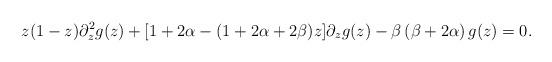
LaTeX: \begin{align*} z(1-z)\partial_{z}^2 g(z) + [1+2\alpha -(1+2\alpha+2\beta)z] \partial_{z}g(z) - \beta\left (\beta +2\alpha \right)g(z) =0.\end{align*}